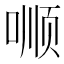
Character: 𱓝